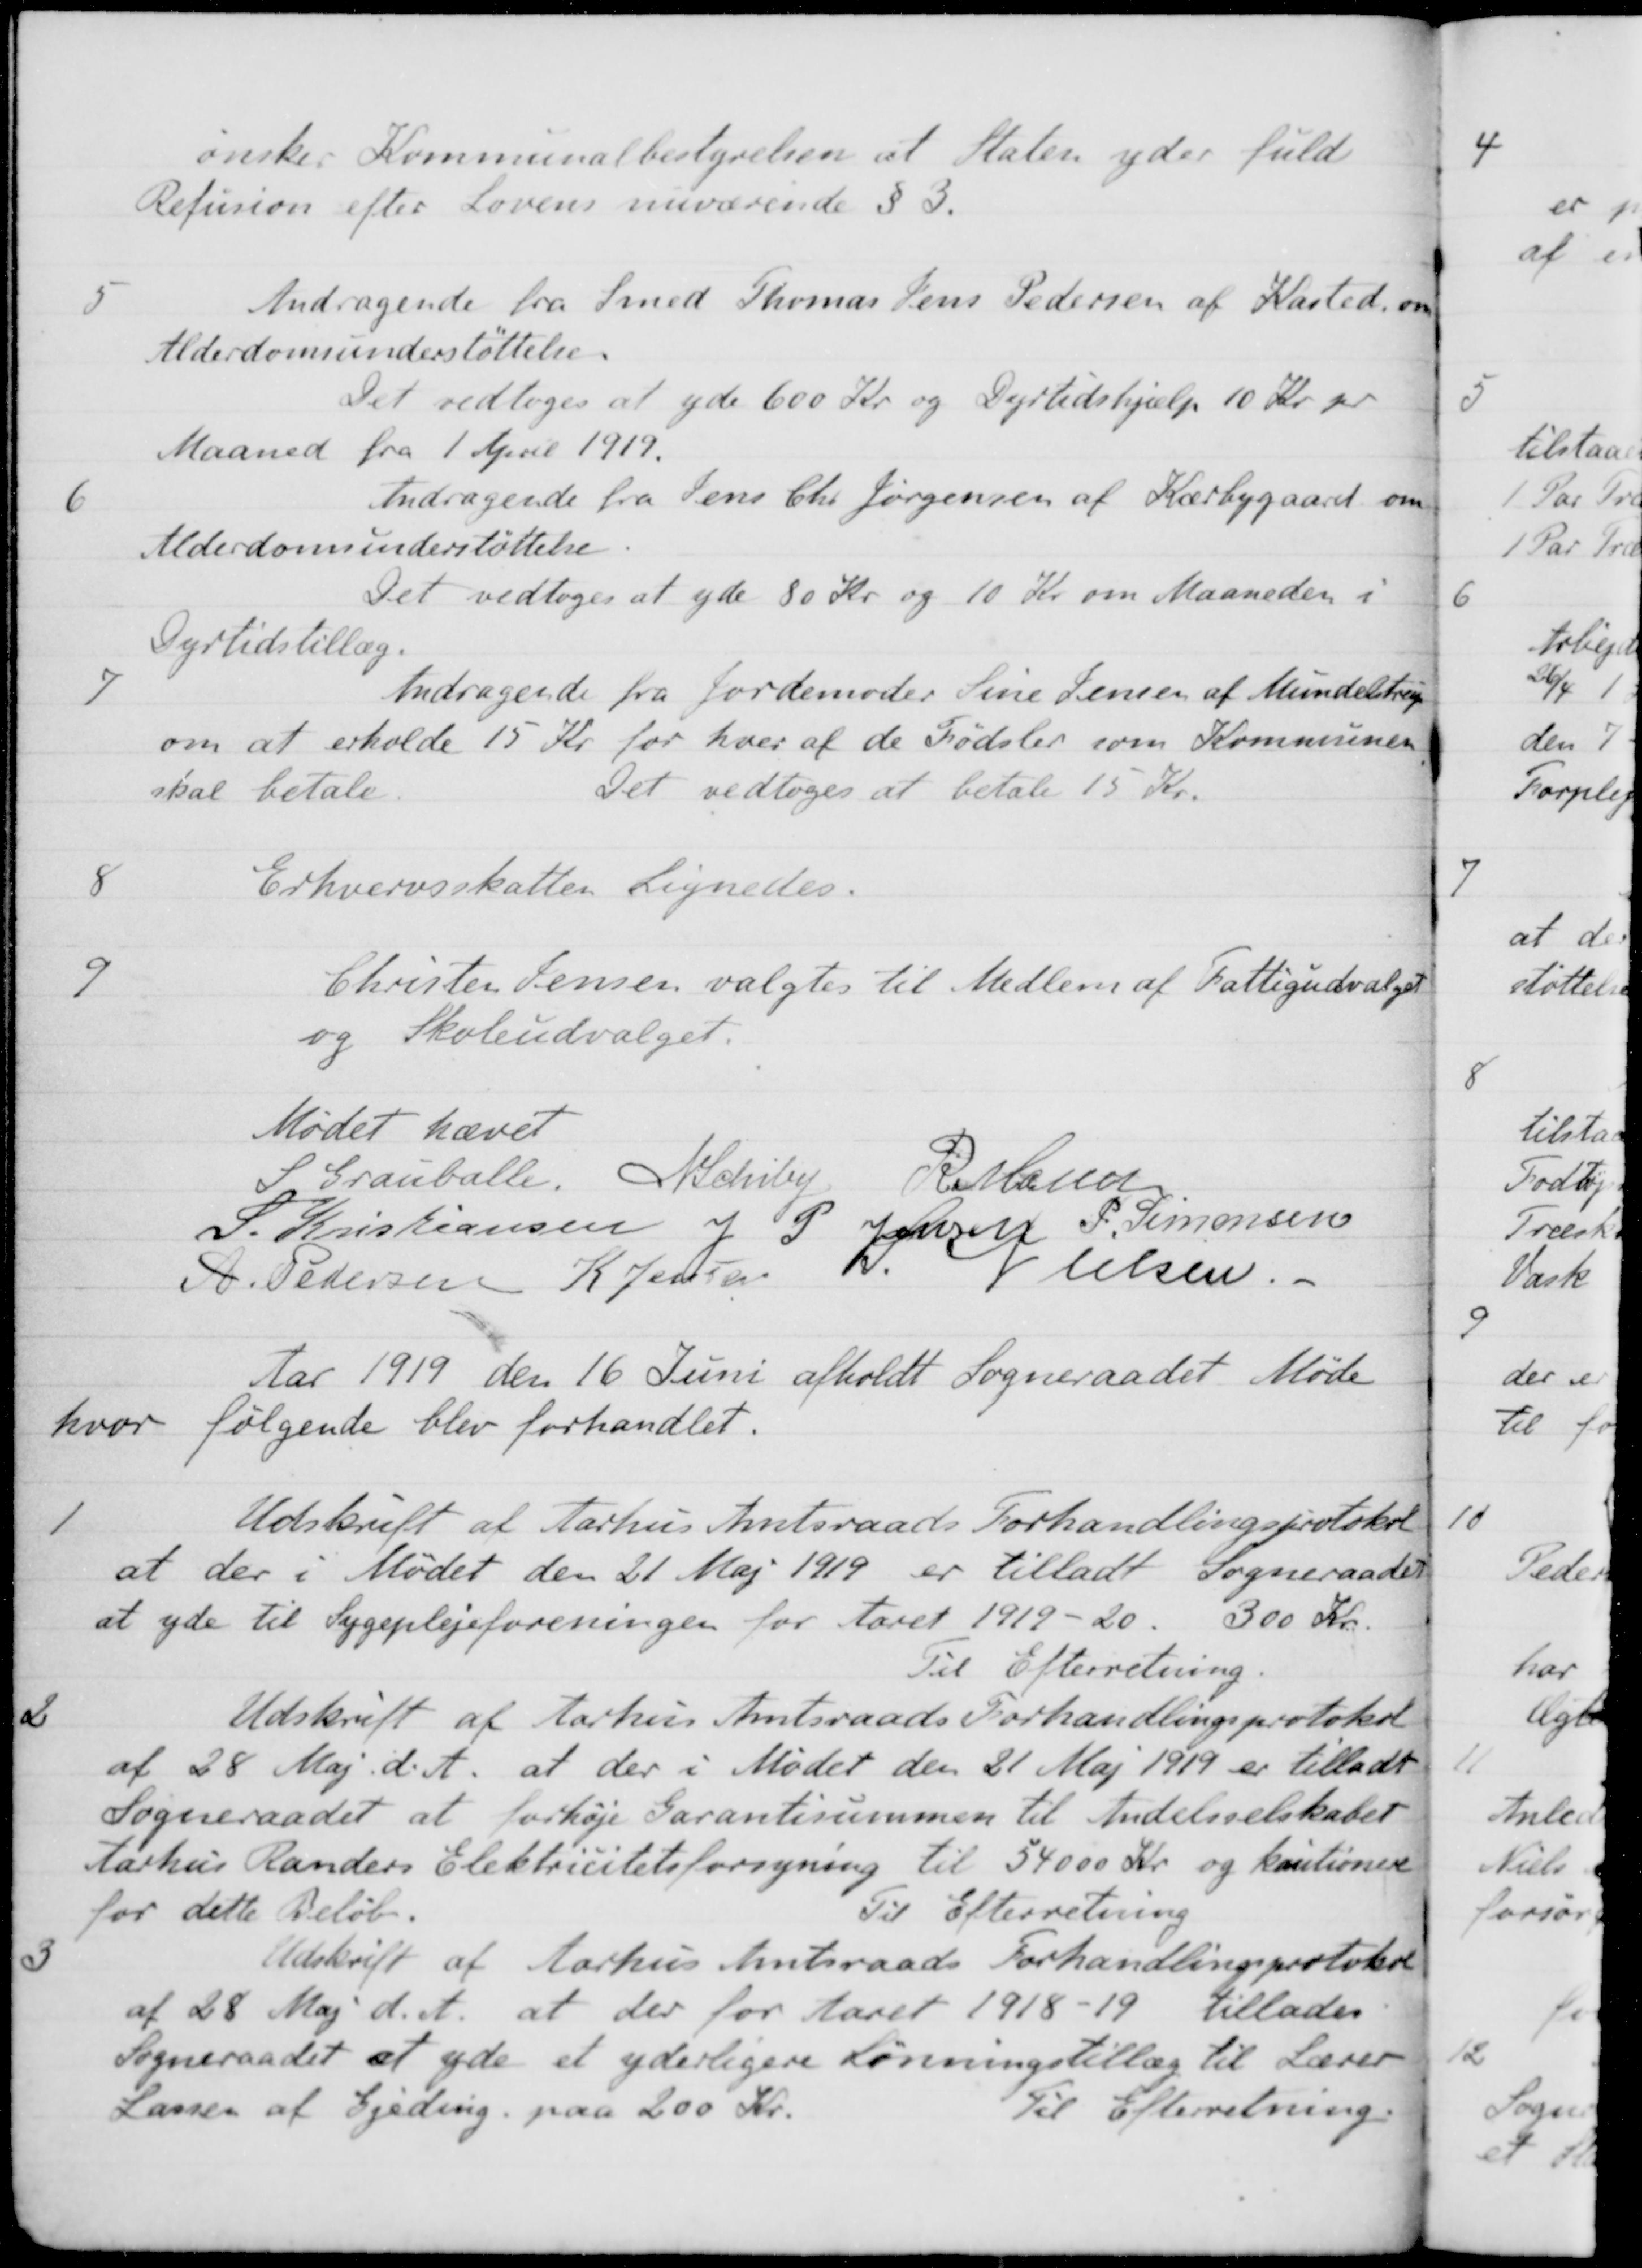
Transskription:
ønsker Kommunalbestyrelsen at Staten yder fuld
Refusion efter Lovens nuværende § 3.
5
Andragende fra Smed Thomas Jens Pedersen af Kasted, om
Alderdomsunderstøttelse.
Det vedtoges at yde 600 Kr. og Dyrtidshjælp 10 kr. pr
Maaned fra 1 April 1919.
6
Andragende fra Jens Chr Jørgensen af Kærbygaard om
Alderdomsunderstøttelse.
Det vedtoges at yde 80 Kr og 10 Kr om Maaneden i
Dyrtidstillæg.
7
Andragende fra Jordemoder Sine Jensen af Mundelstrup
om at erholde 15 Kr for hver af de Fødsler som Kommunen
skal betale.
Det vedtoges at betale 15 Kr.
8
Erhvervsskatten Lignedes.
9
Christen Jensen valgtes til Medlem af Fattigudvalget
og Skoleudvalget.
Mødet hævet
S Grauballe,
A. Schiby
R Møller
S. Kristiansen
J P Jensen
P. Simonsen
A. Pedersen
K Jensen
S Nielsen.
Aar 1919 den 16 Juni afholdt Sogneraadet Møde
hvor følgende blev forhandlet.
1
Udskrift af Aarhus Amtsraads Forhandlingsprotokol
at der i Mødet den 21 Maj 1919 er tilladt Sogneraadet
at yde til Sygeplejeforeningen for Aaret 1919-20. 300 Kr.
Til Efterretning.
2
Udskrift af Aarhus Amtsraads Forhandlingsprotokol
af 28 Maj d. A. at der i Mødet den 21 Maj 1919 er tilladt
Sogneraadet at forhøje Garantisummen til Andelsselskabet
Aarhus Randers Elektricitetsforsyning til 54000 Kr. og kautionere
for dette Beløb.
Til Efterretning
3
Udskrift af Aarhus Amtsraads Forhandlingsprotokol
af 28 Maj d. A. at der for Aaret 1918-19 tillades
Sogneraadet at yde et yderligere Lønningstillæg til Lærer
Lassen af Gjeding paa 200 Kr.
Til Efterretning.